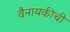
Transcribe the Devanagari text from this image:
वैनायकीची